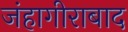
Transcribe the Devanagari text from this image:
जंहागीराबाद